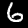
Label: 6